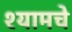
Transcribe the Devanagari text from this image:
श्यामचे